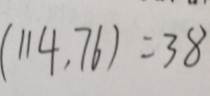
( 1 1 4 , 7 6 ) = 3 8